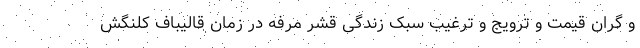
و گران قیمت و ترویج و ترغیب سبک زندگی قشر مرفه در زمان قالیباف کلنگش